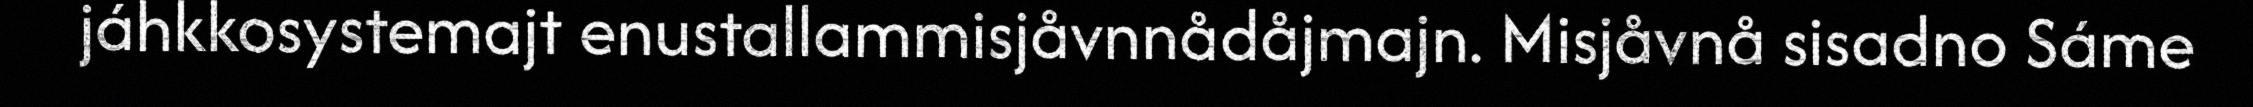
jáhkkosystemajt enustallammisjåvnnådåjmajn. Misjåvnå sisadno Sáme